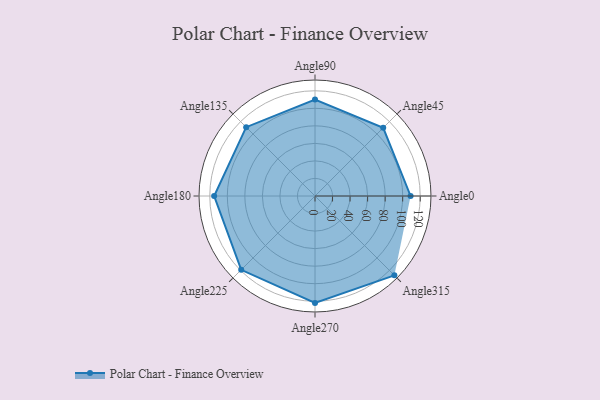
{"axis": {"x": "Angle", "y": "Radius"}, "legend": [""], "data": [{"x": "Angle0", "y": 109.0, "type": ""}, {"x": "Angle45", "y": 110.0, "type": ""}, {"x": "Angle90", "y": 110.0, "type": ""}, {"x": "Angle135", "y": 111.0, "type": ""}, {"x": "Angle180", "y": 115.0, "type": ""}, {"x": "Angle225", "y": 119.0, "type": ""}, {"x": "Angle270", "y": 122.0, "type": ""}, {"x": "Angle315", "y": 128.0, "type": ""}]}